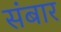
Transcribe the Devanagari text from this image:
संबार